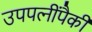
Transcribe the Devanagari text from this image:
उपपत्‍नींपैकी